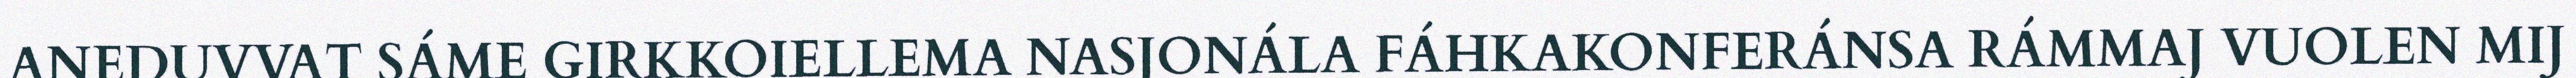
ANEDUVVAT SÁME GIRKKOIELLEMA NASJONÁLA FÁHKAKONFERÁNSA RÁMMAJ VUOLEN MIJ